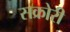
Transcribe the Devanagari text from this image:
सक्रोरी